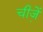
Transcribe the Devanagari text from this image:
चीजे़ं